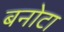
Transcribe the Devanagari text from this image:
बनोटा